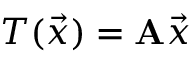
T ( { \vec { x } } ) = \mathbf { A } { \vec { x } }